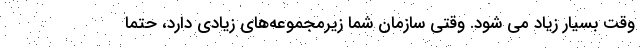
وقت بسیار زیاد می شود. وقتی سازمان شما زیرمجموعه‌های زیادی دارد، حتما